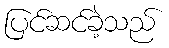
ပြင်ဆင်ခဲ့သည်